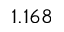
1 . 1 6 8